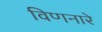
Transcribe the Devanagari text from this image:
विणनारे